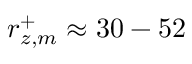
r _ { z , m } ^ { + } \approx 3 0 - 5 2